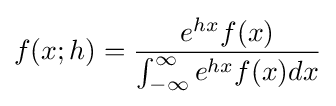
f(x;h)={\frac {e^{hx}f(x)}{\int _{-\infty }^{\infty }e^{hx}f(x)dx}}